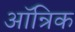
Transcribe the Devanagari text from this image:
ऑन्रिक